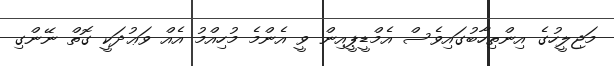
މަޖިލީހުގެ އިންތިހާބުގައިވެސް އެމްޑީޕީއިން ވީ އެންމެ މުހިއްމު އެއް ވަޢުދަކީ ގޮތް ނޭންގި